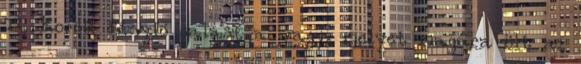
72. Korok fénylő palástja vagy, melyet magára ölt az